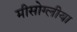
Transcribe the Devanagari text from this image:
मीसोग्लीया